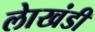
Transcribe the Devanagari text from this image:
लाेखंडी